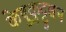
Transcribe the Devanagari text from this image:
केष़ुकुट्टुवन